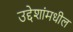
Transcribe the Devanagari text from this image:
उद्देशांमधील